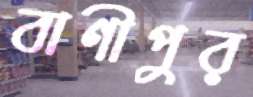
বাণীপুর